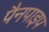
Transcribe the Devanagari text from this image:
पैनपाइप